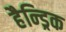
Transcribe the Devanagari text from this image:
हैन्ड्रिक